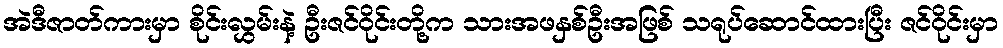
အဲဒီဇာတ်ကားမှာ စိုင်းလွှမ်းနဲ့ ဦးဇင်ဝိုင်းတို့က သားအဖနှစ်ဦးအဖြစ် သရုပ်ဆောင်ထားပြီး ဇင်ဝိုင်းမှာ